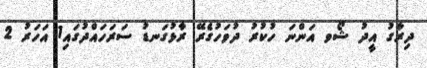
ދިރާގު އީދު ޝޯވ އަންނަ ހުކުރު ދުވަހުގެރޭ ރާޅުގަނޑު ސަރަހައްދުގައި1 އަހަރު 2